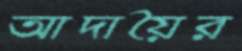
আদায়ৈর